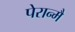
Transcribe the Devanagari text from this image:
पेरान्मै